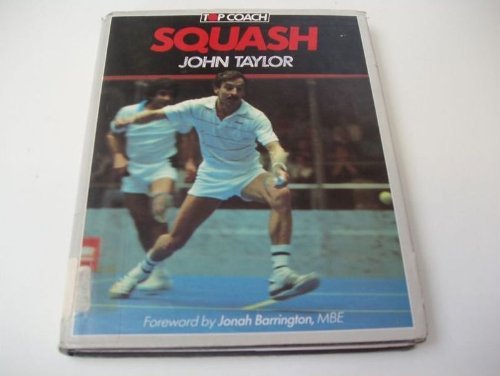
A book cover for Squash (Top coach); John Taylor; Sports & Outdoors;